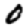
Digit: 0